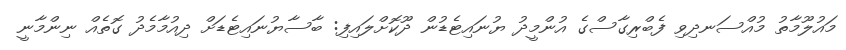
މައުލޫމާތު މުއްސަނދިވި ފެބްރިގާސްގެ އުންމީދު ޔުނައިޓެޑުން ދޫކޮށްލައިފި: ބާސާޔުނައިޓެޑަށް ދިއުމާމެދު ގޮތެއް ނިންމާނީ